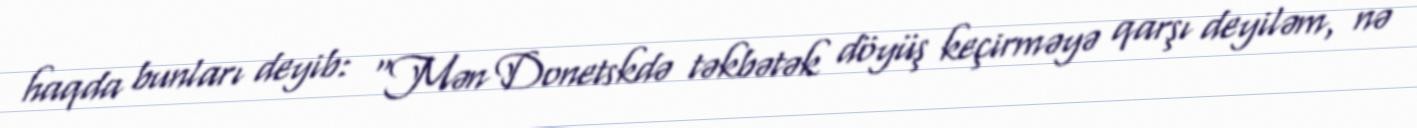
haqda bunları deyib: "Mən Donetskdə təkbətək döyüş keçirməyə qarşı deyiləm, nə